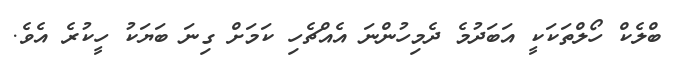
ބްލެކް ހޯލްތަކަކީ އަބަދުމެ ދެމިހުންނަ އެއްޗެހި ކަމަށް ގިނަ ބަޔަކު ހީކުރެ އެވެ.